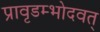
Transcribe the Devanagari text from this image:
प्रावृडम्भोदवत्